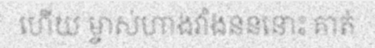
ហើយ ម្ចាស់ហាងវាំងនននោះ គាត់